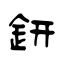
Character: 鈃